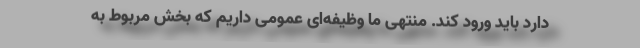
دارد باید ورود کند. منتهی ما وظیفه‌ای عمومی داریم که بخش مربوط به